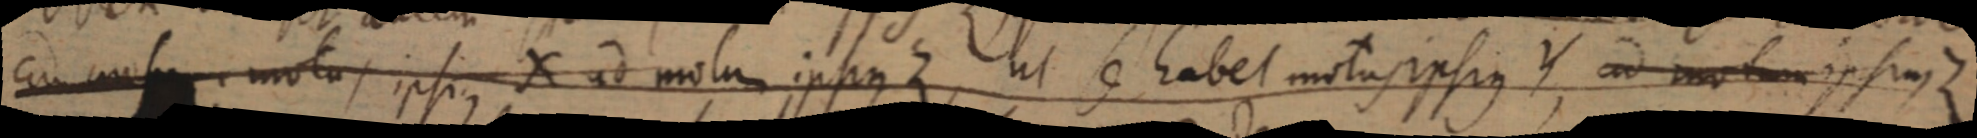
cum usum motus ipsius X ad motum ipsius Z ut se habet motus ipsius Y, ad motum ipsius Z